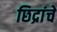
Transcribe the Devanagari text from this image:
छिद्रांचे